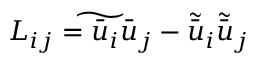
L _ { i j } = \widetilde { { { \bar { u } } _ { i } } { { \bar { u } } _ { j } } } - { { \tilde { \bar { u } } } _ { i } } { { \tilde { \bar { u } } } _ { j } }